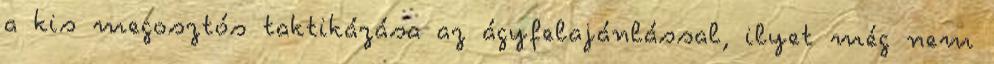
a kis megosztós taktikázása az ágyfelajánlással, ilyet még nem